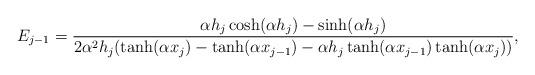
LaTeX: \begin{align*}E_{j-1} = \dfrac{\alpha h_{j} \cosh(\alpha h_{j})-\sinh(\alpha h_{j}) }{2\alpha^2 h_{j} (\tanh(\alpha x_j)-\tanh(\alpha x_{j-1})-\alpha h_j\tanh(\alpha x_{j-1})\tanh(\alpha x_j))},\end{align*}